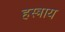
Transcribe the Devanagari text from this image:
हस्त्राय